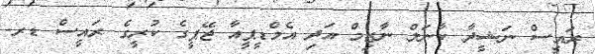
ރައީސް ނަޝީދާ ކާނަލް ނާޒިމް އަދި އެމްޑީޕީއާ ޖޭޕީގެ ކުރީގެ ރައީސް ޑރ.